Report on sanitation, dispensaries, and jails in Rajputana for 1909, and on vaccination for the year 1909-1910 - 1909-1910
Year: 1909
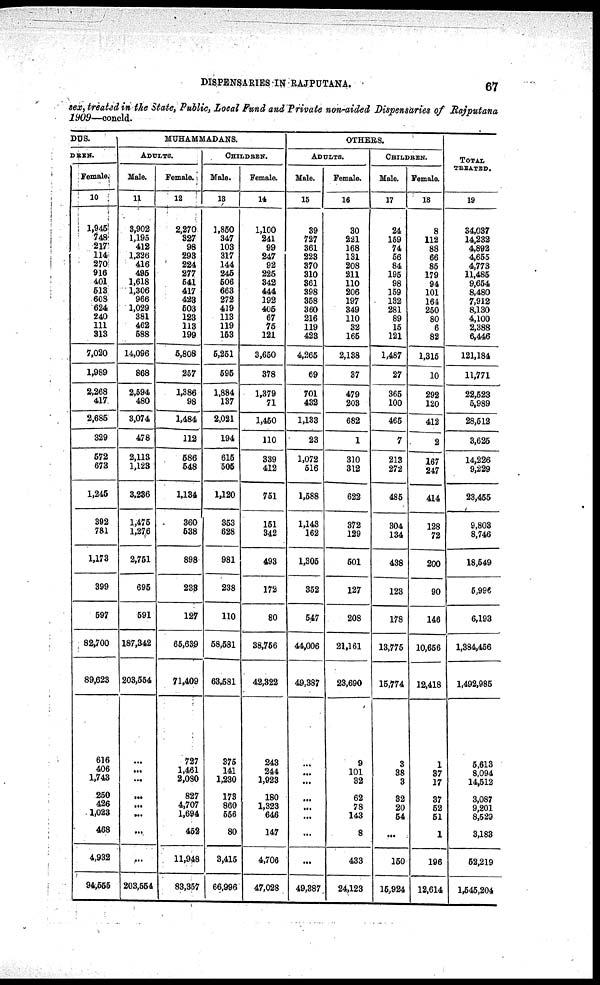
DISPENSARIES IN RAJPUTANA.
67
sex, treated in the State, Public, Local Fund and Private non-aided Dispensaries of Rajputana
1909—concld.
DUS.
DREN.
Female.
10
1,945
748
217
114
270
916
401
513
608
624
240
111
313
7,020
1,989
2,268
417
2,685
329
572
673
1,245
392
781
1,173
399
597
82,700
89,623
616
406
1,743
250
426
1,023
468
4,932
94,555
MUHAMMADANS.
ADULTS.
Male.
11
3,902
1,195
412
1,326
416
495
1,618
1,306
966
1,029
381
462
588
14,096
868
2,594
480
3,074
478
2,113
1,123
3,236
1,475
1,276
2,751
695
591
187,342
203,554
...
...
...
...
...
...
...
...
203,554
Female.
12
2,270
327
98
293
224
277
541
417
423
503
123
113
199
5,808
257
1,386
98
1,484
112
586
548
1,134
360
538
898
233
127
65,639
71,409
727
1,461
2,080
827
4,707
1,694
452
11,948
83,357
CHILDREN.
Male.
13
1,850
347
103
317
144
245
506
663
272
419
113
119
153
5,251
595
1,884
137
2,021
194
615
505
1,120
353
628
981
238
110
58,581
63,581
375
141
1,230
173
860
556
80
3,415
66,996
Female.
14
1,100
241
99
247
92
225
342
444
192
405
67
75
121
3,650
378
1,379
71
1,450
110
339
412
751
151
342
493
172
80
38,756
42,322
243
244
1,923
180
1,323
646
147
4,706
47,028
OTHERS.
ADULTS.
Male.
15
39
727
361
223
370
310
361
398
358
360
216
119
423
4,265
69
701
432
1,133
23
1,072
516
1,588
1,143
162
1,305
352
547
44,006
49,387
...
...
...
...
...
...
...
...
49,387
Female.
16
30
221
168
131
208
211
110
206
197
349
110
32
165
2,138
37
479
203
682
1
310
312
622
372
129
501
127
208
21,161
23,690
9
101
32
62
78
143
8
433
24,123
CHILDREN.
Male.
17
24
159
74
56
84
195
98
159
132
281
89
15
121
1,487
27
365
100
465
7
213
272
485
304
134
438
123
178
13,775
15,774
3
38
3
32
20
54
...
150
15,924
Female.
18
8
112
88
66
85
179
94
101
164
250
80
6
82
1,315
10
292
120
412
2
167
247
414
128
72
200
90
146
10,656
12,418
1
37
17
37
52
51
1
196
12,614
TOTAL
TREATED.
19
34,037
14,232
4,892
4,655
4,773
11,485
9,654
8,480
7,912
8,130
4,100
2,388
6,446
121,184
11,771
22,523
5,989
28,512
3,625
14,226
9,229
23,455
9,803
8,746
18,549
5,996
6,193
1,384,456
1,492,985
5,613
8,094
14,512
3,087
9,201
8,529
3,183
52,219
1,545,204